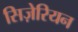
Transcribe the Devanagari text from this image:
सिज़ेरियन